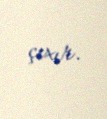
çıxır.